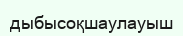
дыбысоқшаулауыш